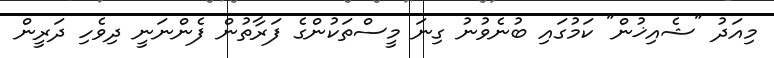
މިއަދު "ޝެއިޚުން" ކަމުގައި ބުނެވުނު ގިނަ މީސްތަކުންގެ ފަރާތުން ފެންނަނީ ދިވެހި ދަރީން